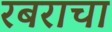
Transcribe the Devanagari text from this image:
रबराचा